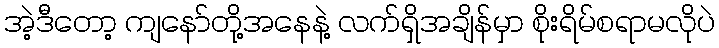
အဲ့ဒီတော့ ကျနော်တို့အနေနဲ့ လက်ရှိအချိန်မှာ စိုးရိမ်စရာမလိုပဲ